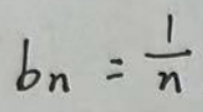
\[
b_n = \frac{1}{n}
\]